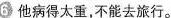
6 他病得太重，不能去旅行。